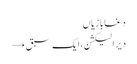
دغابازیاں
دیر الیکشن، ایک سبق →